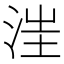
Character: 𣵭